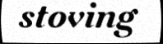
stoving